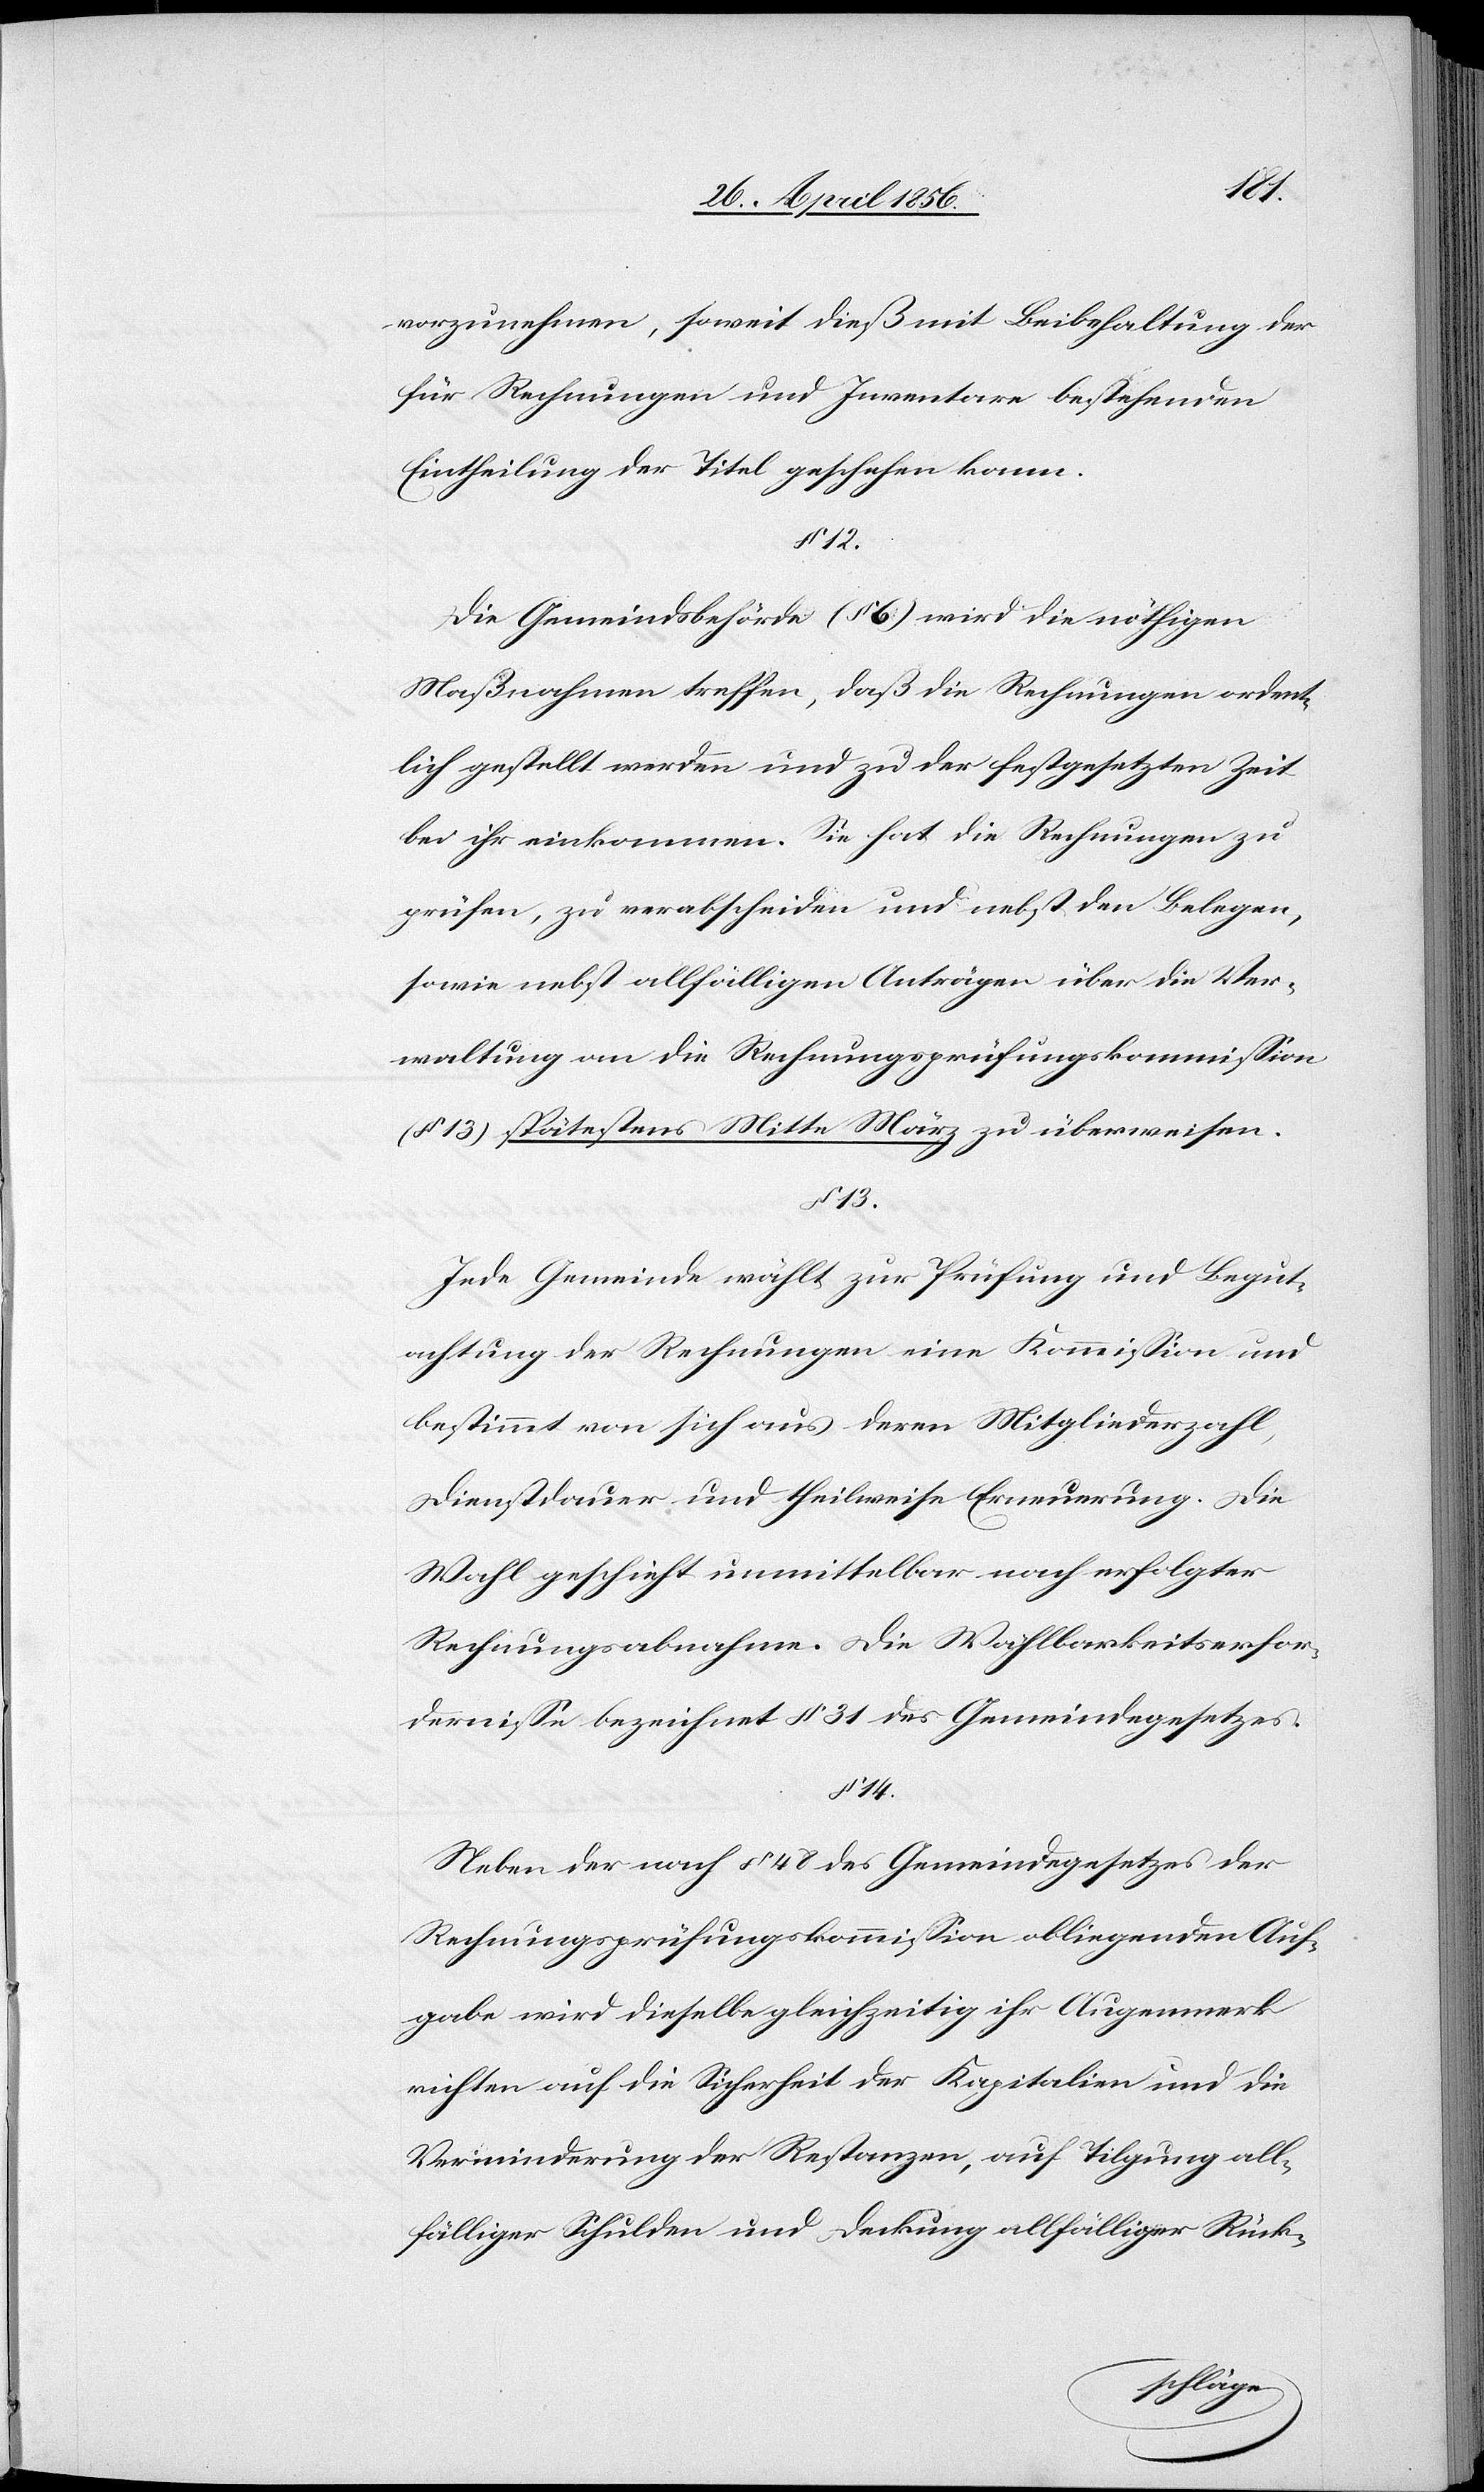
vorzunehmen, soweit dieß mit Beibehaltung der
für Rechnungen und Inventare bestehenden
Eintheilung der Titel geschehen kann.
Die Gemeindsbehörde (§ 6) wird die nöthigen
Maßnahmen treffen, daß die Rechnungen ordent¬
lich gestellt werden und zu der festgesetzten Zeit
bei ihr einkommen. Sie hat die Rechnungen zu
prüfen, zu verabscheiden und nebst den Belegen,
sowie nebst allfälligen Anträgen über die Ver¬
waltung an die Rechnungsprüfungskommission
(§ 13) spätestens Mitte März zu überweisen.
§ 13.
Jede Gemeinde wählt zur Prüfung und Begut¬
achtung der Rechnungen eine Kommission und
bestimmt von sich aus deren Mitgliederzahl,
Dienstdauer und theilweise Erneuerung. Die
Wahl geschieht unmittelbar nach erfolgter
Rechnungsabnahme. Die Wählbarkeitserfor¬
dernisse bezeichnet § 31 des Gemeindegesetzes.
§ 14.
Neben der nach § 48 des Gemeindegesetzes der
Rechnungsprüfungskommission obliegenden Auf¬
gabe wird dieselbe gleichzeitig ihr Augenmerk
richten auf die Sicherheit der Kapitalien und die
Verminderung der Restanzen, auf Tilgung all¬
fälliger Schulden und Deckung allfälliger Rück-